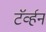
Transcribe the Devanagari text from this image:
टॅर्व्हन